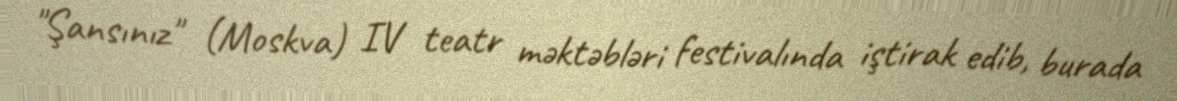
"Şansınız" (Moskva) IV teatr məktəbləri festivalında iştirak edib, burada